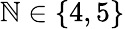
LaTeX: \mathbb{N}\in\{ 4,5\}